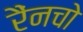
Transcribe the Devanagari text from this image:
रैंनचो